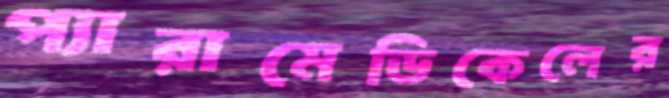
প্যারামেডিকেলের